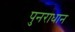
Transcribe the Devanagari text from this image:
पुनराधान